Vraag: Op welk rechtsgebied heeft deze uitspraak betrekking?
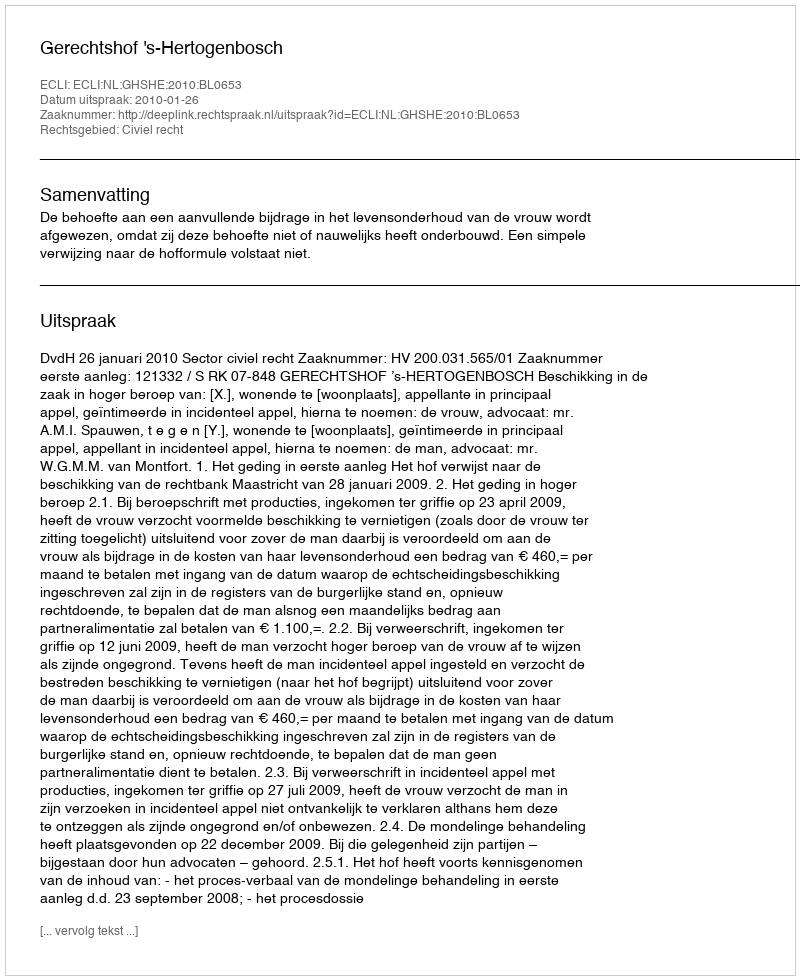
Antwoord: Civiel recht